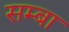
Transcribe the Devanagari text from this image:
सम्बा